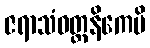
ဇရာသံဝတ္တနိကေပိ